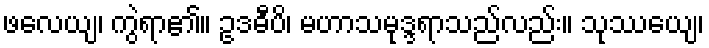
ဖလေယျ၊ ကွဲရာ၏။ ဥဒဓီပိ၊ မဟာသမုဒ္ဒရာသည်လည်း။ သုဿေယျ၊